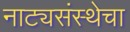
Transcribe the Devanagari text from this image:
नाट्यसंस्थेचा